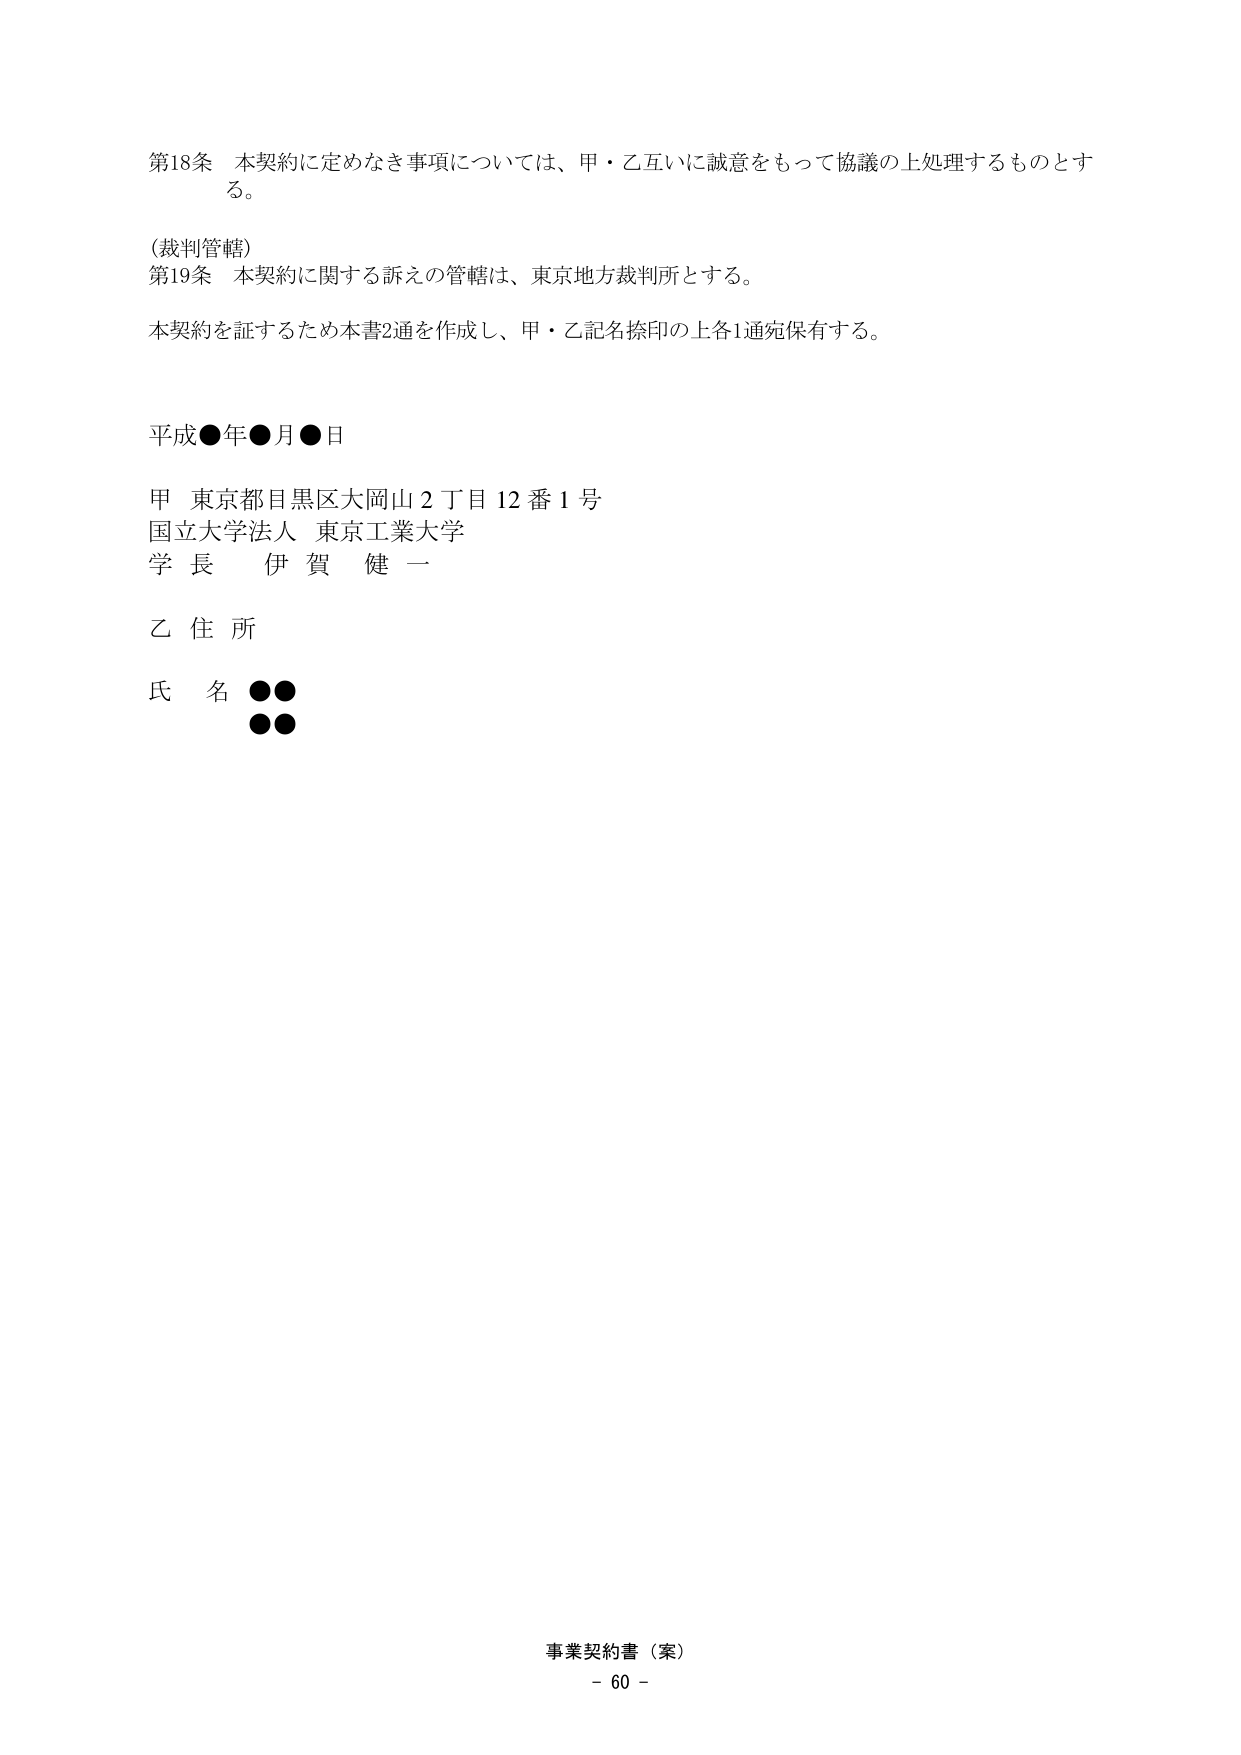
第18条 本契約に定めなき事項については、甲・乙互いに誠意をもって協議の上処理するものとする。

（裁判管轄）
第19条 本契約に関する訴えの管轄は、東京地方裁判所とする。

本契約を証するため本書2通を作成し、甲・乙記名捺印の上各1通宛保有する。

平成●年●月●日

甲 東京都目黒区大岡山2丁目12番1号
国立大学法人 東京工業大学
学長 伊賀健一

乙 住所

氏名 ●●
　　　●●

事業契約書（案）
- 60 -